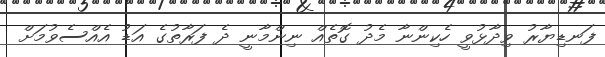
ފަނޑިޔާރު ވިދާޅުވީ ހެކިންނާ މެދު ގޮތެއް ނިންމާނީ ދެ ފަރާތުގެ އަޑު އެއްސެވުމަށް